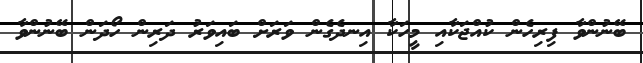
ބޭނުންވާ ފިރިހެން ކުއްޖަކާއި މީހަކާ އިނދެގެން ވަރަށް ބައިވަރު ދަރިން ހޯދަން ބޭނުންވާ